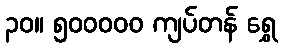
၃၀။ ၅၀၀၀၀၀ ကျပ်တန် ရွှေ